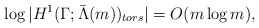
\begin{align*}\log|H^1(\Gamma;\bar{\Lambda}(m))_{tors}| = O(m\log m),\end{align*}